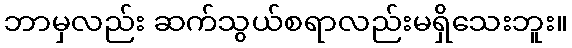
ဘာမှလည်း ဆက်သွယ်စရာလည်းမရှိသေးဘူး။